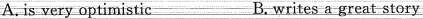
A. is very optimistic B. writes a great story